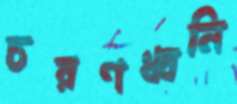
চরণধ্বনি